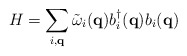
\begin{align*}H = \sum_{ i, {\bf{q}} }{\tilde{\omega}}_{ i }({\bf{q}})b^{\dagger}_{ i }({\bf{q}})b_{ i }({\bf{q}})\end{align*}